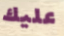
عليك